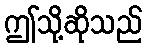
ဤသို့ဆိုသည်